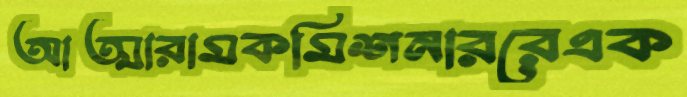
আত্মারামকমিশনাররেএক